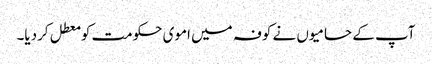
آپ کے حامیوں نے کوفہ میں اموی حکومت کو معطل کردیا۔